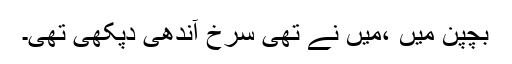
بچپن میں ،میں نے تھی سرخ آندھی دپکھی تھی۔